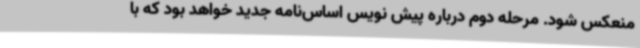
منعکس شود. مرحله دوم درباره پیش نویس اساس‌نامه جدید خواهد بود که با